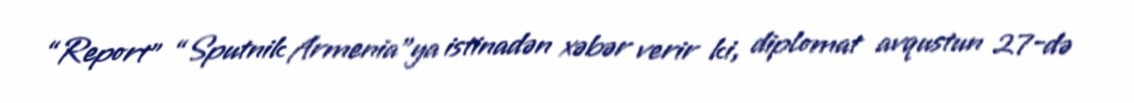
“Report” “Sputnik Armenia”ya istinadən xəbər verir ki, diplomat avqustun 27-də